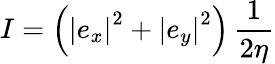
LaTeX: I=\left(\left|e_{x}\right|^{2}+\left|e_{y}\right|^{2}\right)\, {\frac{1}{2\eta}}